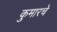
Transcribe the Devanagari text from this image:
कुमारचे